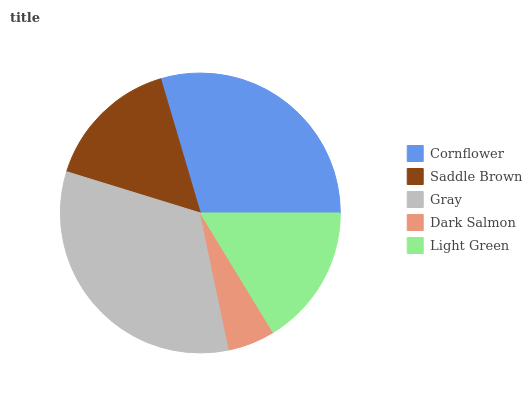
| Cornflower | Saddle Brown | Gray | Dark Salmon | Light Green |
 | --- | --- | --- | --- | --- |
 | 29.6% | 15.7% | 33.1% | 5.41% | 16.2% |